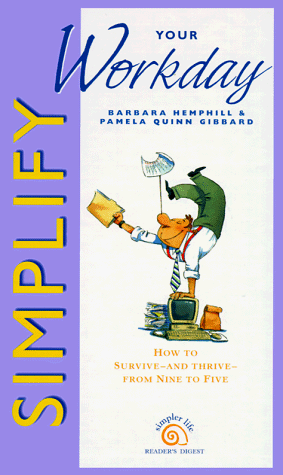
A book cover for Simplify your workday (Simpler Life Series); Barbara Hemphill; Business & Money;